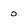
Character: 0